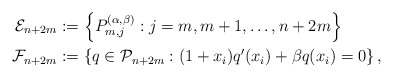
\begin{align*}\mathcal{E}_{n+2m}&:=\left\{P_{m,j}^{(\alpha, \beta)}:j=m, m+1, \hdots, n+2m \right\} \\\mathcal{F}_{n+2m}&:=\left\{q\in \mathcal{P}_{n+2m}:(1+x_i)q'(x_i)+\beta q(x_i) = 0\right\},\end{align*}